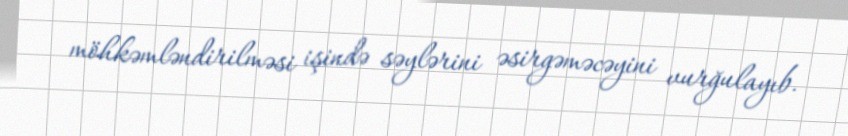
möhkəmləndirilməsi işində səylərini əsirgəməcəyini vurğulayıb.